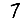
Digit: 7